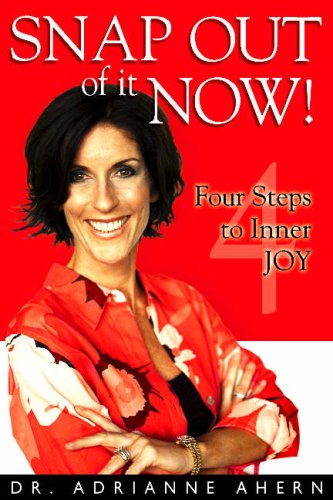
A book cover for Snap Out of It Now!: Four Steps to Inner Joy; Adrianne Ahern; Self-Help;